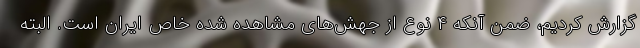
گزارش کردیم، ضمن آنکه ۴ نوع از جهش‌های مشاهده شده خاص ایران است. البته